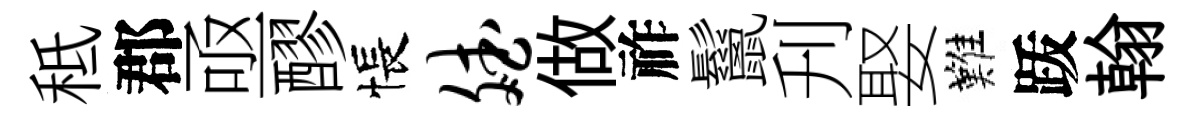
秪郡亟醪悵斌做祚鬣刋娶難䟦翰